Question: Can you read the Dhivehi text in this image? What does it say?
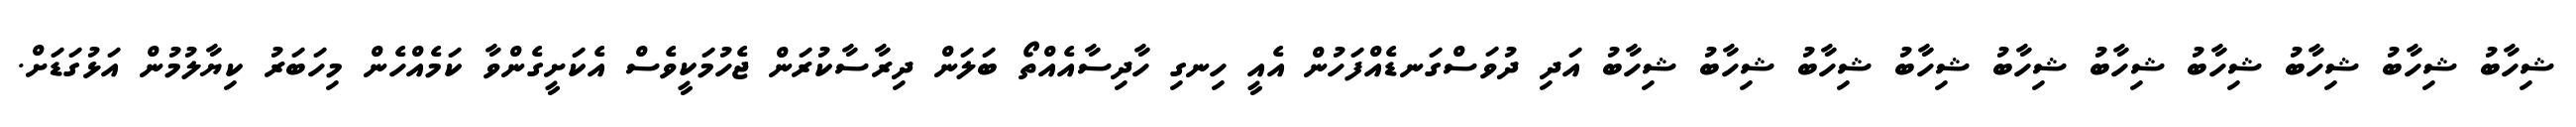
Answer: ޝިހާބު ޝިހާބު ޝިހާބު ޝިހާބު ޝިހާބު ޝިހާބު ޝިހާބު ޝިހާބު ޝިހާބު ޝިހާބު އަދި ދުވަސްގަނޑެއްފަހުން އެއީ ހިނގި ހާދިސާއެއްތޯ ބަލަން ދިރާސާކުރަން ޖެހުމަކީވެސް އެކަށީގެންވާ ކަމެއްހެން މިހަބަރު ކިޔާލުމުން އަޅުގަޑަށް.